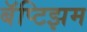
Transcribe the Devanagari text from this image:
बॅप्टिझम